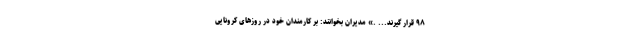
۹۸ قرار گیرند... .» مدیران بخوانند: بر کارمندان خود در روزهای کرونایی